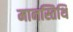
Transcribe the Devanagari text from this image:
मानस्तिथि